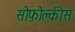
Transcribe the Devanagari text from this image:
सोफ़ोक्लीस